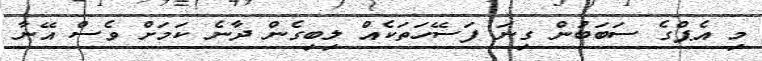
މި އެޕްގެ ސަބަބުން ގިނަ ފަސޭހަތަކެއް ލިބިގެން ދާނެ ކަމަށް ވެސް އޭނާ